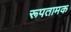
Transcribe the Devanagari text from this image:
रूपतामक